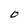
Character: O